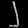
Digit: ၂